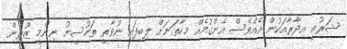
ޝަރުޢީ އިދާރާއަކުން އެއްވެސް އެންގުމެއް މިހާތަނަށް ލިބިފައި ނުވާތީ ތަހުސީނު ނިންމީ ޒޫރިން